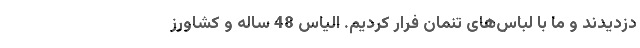
دزدیدند و ما با لباس‌های تنمان فرار کردیم. الیاس 48 ساله و کشاورز